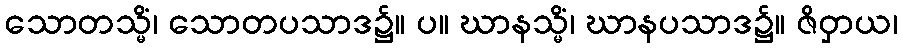
သောတသ္မိံ၊ သောတပသာဒ၌။ ပ။ ဃာနသ္မိံ၊ ဃာနပသာဒ၌။ ဇိဝှာယ၊